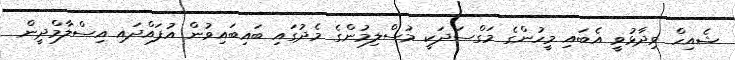
ޝެއިހް ވިދާޅުވީ އެބައި މީހުންގެ މަގްސަދަކީ މުސްލިމުންގެ މެދުގައި ބައިބައިވުން އުފައްދައި އިސްލާމްދީން